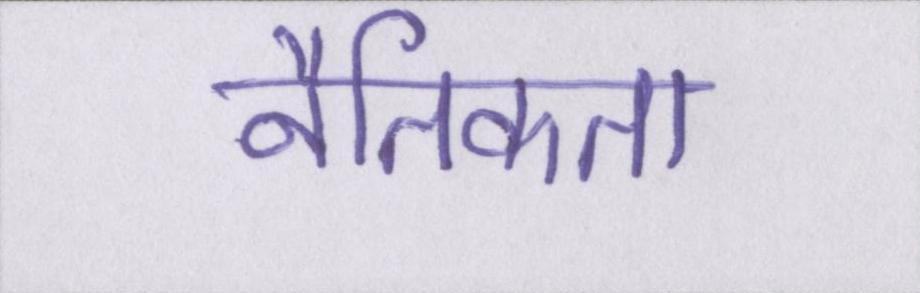
नैतिकता